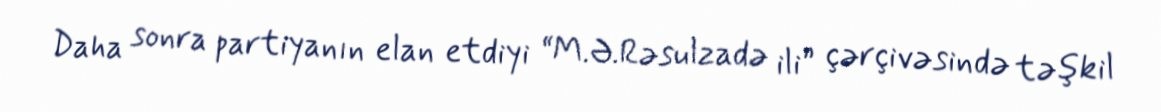
Daha sonra partiyanın elan etdiyi “M.Ə.Rəsulzadə ili” çərçivəsində təşkil